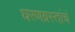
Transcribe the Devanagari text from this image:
घरणग्रस्तांचं